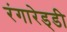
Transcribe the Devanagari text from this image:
रंगारेड्‍डी